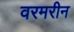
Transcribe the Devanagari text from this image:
वरमरीन